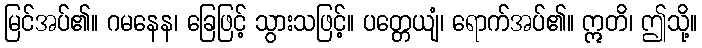
မြင်အပ်၏။ ဂမနေန၊ ခြေဖြင့် သွားသဖြင့်။ ပတ္တေယျံ၊ ရောက်အပ်၏။ ဣတိ၊ ဤသို့။